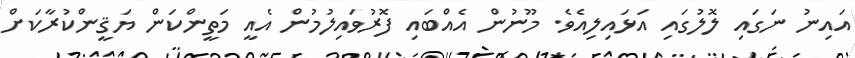
އައިނު ނަގައި ލޮލުގައި އަޅައިލިއެވެ. މޫނުން އެއްބައި ފޮރުވައިލުމުން އެއީ މަތީންކަން ޔަޤީންކުރާކަށް